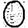
Digit: 0